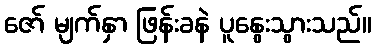
ဇော် မျက်နှာ ဖြန်းခနဲ ပူနွေးသွားသည်။